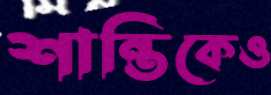
শান্তিকেও